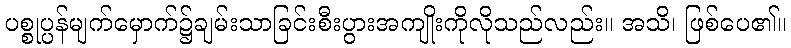
ပစ္စုပ္ပန်မျက်မှောက်၌ချမ်းသာခြင်းစီးပွားအကျိုးကိုလိုသည်လည်း။ အသိ၊ ဖြစ်ပေ၏။